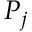
P _ { j }